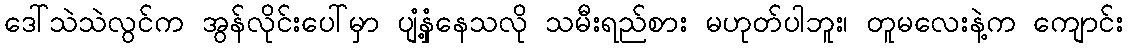
ဒေါ်သဲသဲလွင်က အွန်လိုင်းပေါ်မှာ ပျံနှံ့နေသလို သမီးရည်စား မဟုတ်ပါဘူး၊ တူမလေးနဲ့က ကျောင်း